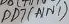
Text: PD7